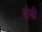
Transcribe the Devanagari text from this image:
बोबी